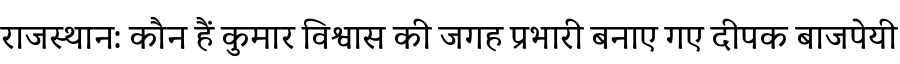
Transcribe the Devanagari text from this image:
राजस्थान: कौन हैं कुमार विश्वास की जगह प्रभारी बनाए गए दीपक बाजपेयी